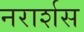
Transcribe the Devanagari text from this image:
नरार्शस